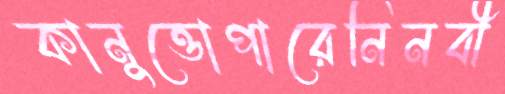
কানুত্তোপারেনিনবী